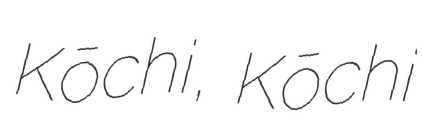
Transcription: Kōchi, Kōchi